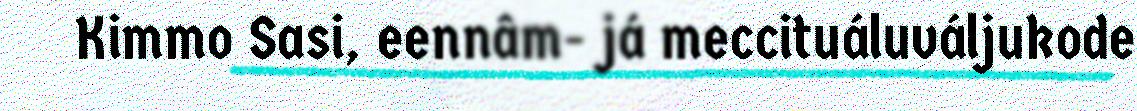
Kimmo Sasi, eennâm- já meccituáluváljukode